Vital statistics of India. Vol. VI, European troops 1870-79
Year: 1870
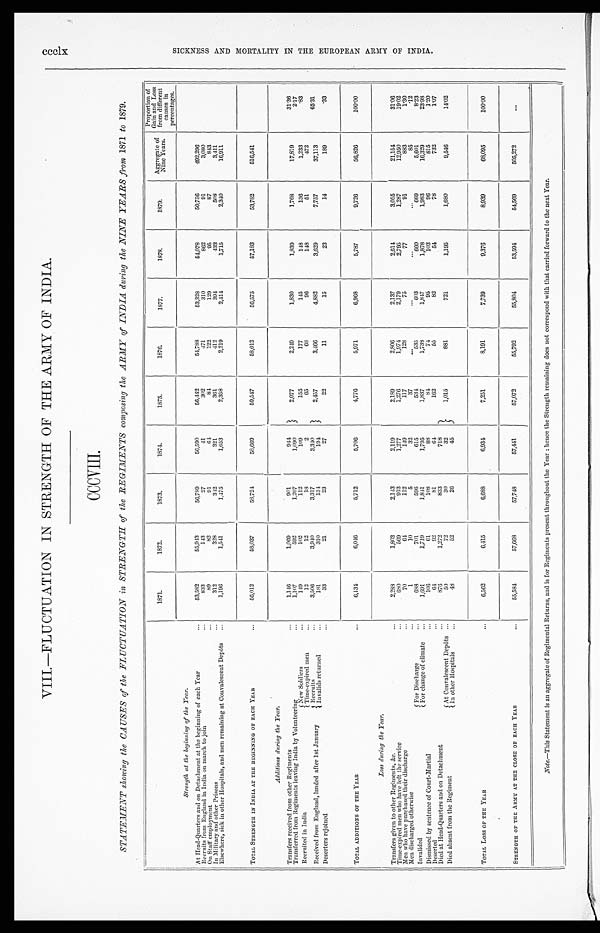
VIII.—FLUCTUATION IN STRENGTH OF THE ARMY OF INDIA.
CCCVIII.
STATEMENT showing the CAUSES of the FLUCTUATION in STRENGTH of the REGIMENTS composing the ARMY of INDIA during the NINE YEARS from 1871 to 1879.
1871.
1872.
187
3.
1874.
1 8 7 5 .
1876.
1877.
1878.
1879.
Aggregate of
Nine Y ears.
Proportion of
Gain and Loss
from different
causes in
percentages.
Strength at the beginning of the Year.
At Head-Quarters and on Detachment at the beginning of each Year
...
5 3 , 5 8 2
55, 943
56,789
56,590
56, 442
54,788
53,328
54,078
50, 756
492,296
Recruits from England in India on march to join
. . .
833
143
27
41
302
471
310
862
91
3,080
On Staff employment
. . .
89
82
91
6 4
8 4
122
129
95
87
843
In Military and other Prisons
. . .
312
328
342
321
361
412
394
433
508
3,411
Elsewhere, sick in other Hospitals, and men remaining at Convalescent Depôts
...
1,196
1,541
1,475
1,653
2, 358
2,219
2,414
1,715
2, 340
16,911
TOTAL STRENGTH IN INDIA AT THE BEGINNING OF EACH YEAR
...
5 6 , 0 1 2
58,037
58, 724
58,669
59,547
58,012
56,575
57,183
53,782
516,541
Additions during the Year.
Transfers received from other Regiments
...
1 , 1 4 6
1,069
901
944
2,077
2,249
1,830
1,839
1, 768
17,819
31. 36
Transferred from Regiments leaving India by Volunteering
...
1,107
592
1,207
1,090
Recruited in India
New Soldiers
...
149
102
112
109
155
177
1 4 5
148
136
1,233
2. 17
Time-expired men
. . .
12
12
18
2
65
68
96
148
51
472
.83
Received from England, landed after 1st January
Recruits
...
3, 506
3, 940
3,317
3,340
2,457
3,466
4,882
3,629
7,757
37,113
65. 31
Invalids returned
...
1 8 1
310
1 3 4
194
Deserters rejoined
...
3 3
21
23
27
22
11
15
23
14
189
.33
TOTAL ADDITIONS OF THE YEAR
...
6 , 1 3 4
6,046
5,712
5,706
4,776
5,971
6,968
5,787
9,726
56,826
100. 00
Loss during the Year.
Transfers given to other Regiments, &c.
...
2 , 2 8 8
1,803
2,143
2,119
2,189
2,806
2,137
2,614
3,055
21,154
31. 06
Time-expired men who have left the service
. . .
680
569
913
1,277
1,276
1,974
2, 179
2,795
1,287
12,950
19. 02
Men who have purchased their discharge
...
7 0
6 4
112
149
117
128
75
77
91
883
1.30
Men discharged otherwise
...
1
10
5
32
37
...
...
...
. . .
85
.12
Invalided
For Discharge
. . .
688
701
596
615
534
535
603
660
669
5,601
8. 23
For change of climate ...
1,691
1,719
1,841
1,795
1,837
1, 738
1, 847
1,878
1,983
16,329
23. 98
Dismissed by sentence of Court-Martial
. . .
106
61
108
88
8 4
74
95
103
96
815
1.20
Deserted
...
6 4
92
81
6 4
162
55
82
5 4
78
732
1. 07
Died at Head-Quarters and on Detachment
. . .
876
1, 272
833
718
1,015
881
721
1,195
1,680
9, 546
14. 02
Died absent from the Regiment
At Convalescent Depôts
. . .
50
72
30
32
In other Hospitals
...
48
52
26
45
TOTAL LOSS OF THE YEA
R
...
6 , 5 6 2
6,415
6,688
6,934
7,251
8,191
7,739
9,376
8,939
68,095
100. 00
STRENGTH OF THE ARMY AT THE CLOSE OF EACH YEAR
...
55,584
57,668
57,748
57,441
57,072
55,792
55,804
53,594
54,569
505,272
. . .
Note.—This Statement is an aggregate of Regimental Returns, and is for Regiments present throughout the Year : hence the Strength remaining does not correspond with that carried forward to the next Year.
ccclx
S I C K N E S S A N D M O R T A L I T Y I N T H E E U R O P E A N A R M Y O F I N D I A .